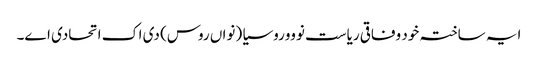
ایہ ساختہ خود وفاقی ریاست نوووروسیا (نواں روس) دی اک اتحادی اے۔